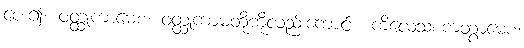
ပေး၍။ ဝတ္ထုကာမေစ၊ ဝတ္ထုကာမတို့ကိုလည်းကောင်း။ ကိလေသစကတွာမေစ၊